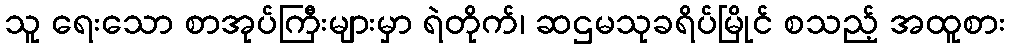
သူ ရေးသော စာအုပ်ကြီးများမှာ ရဲတိုက်၊ ဆဌမသုခရိပ်မြိုင် စသည့် အထူစား